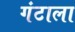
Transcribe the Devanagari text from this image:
गंटाला